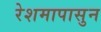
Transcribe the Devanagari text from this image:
रेशमापासुन